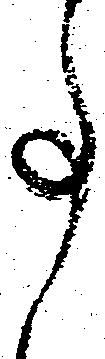
事